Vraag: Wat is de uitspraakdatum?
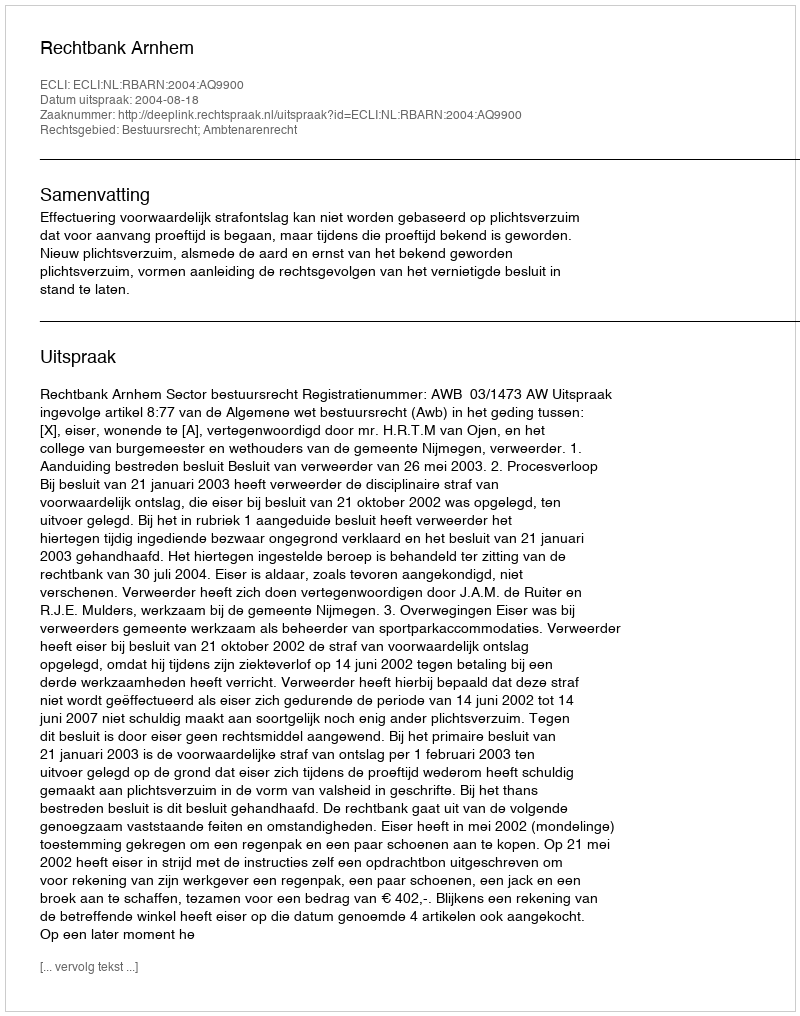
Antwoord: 2004-08-18